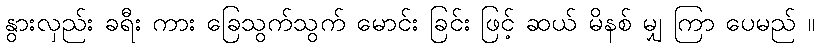
နွားလှည်း ခရီး ကား ခြေသွက်သွက် မောင်း ခြင်း ဖြင့် ဆယ် မိနစ် မျှ ကြာ ပေမည် ။